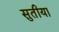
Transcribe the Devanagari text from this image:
सुतीया